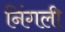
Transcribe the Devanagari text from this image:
निंगली